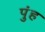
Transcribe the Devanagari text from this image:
पुंह